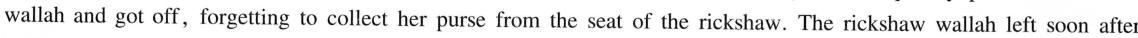
wallah and got off,forgetting to collect her purse from the seat of the rickshaw. The rickshaw wallah left soon after